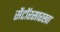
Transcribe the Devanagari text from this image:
सेंटॉरसारखा